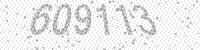
Solution: 609113